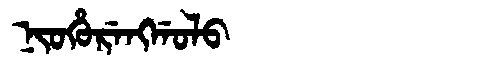
Manchu: ᠨᡳᠣᡥᡠᡵᡝᠩᡤᠣᠯᠣ
Romanization: NIOHURENGGOLO